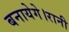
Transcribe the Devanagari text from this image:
बनायेगे।रानी